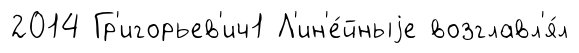
2014 Гр'игорьев'ич1 Л'ин'е́йныjе возглавл'я́л